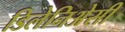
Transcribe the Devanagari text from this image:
डिलेनिअेसी